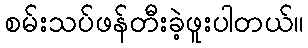
စမ်းသပ်ဖန်တီးခဲ့ဖူးပါတယ်။